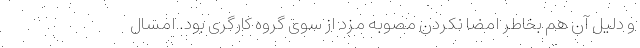
و دلیل آن هم بخاطر امضا نکردن مصوبه مزد از سوی گروه کارگری بود. امسال